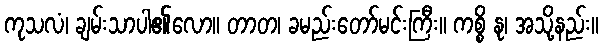
ကုသလံ၊ ချမ်းသာပါ၏လော။ တာတ၊ ခမည်းတော်မင်းကြီး။ ကစ္စိ နု၊ အသို့နည်း။